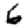
Digit: 6